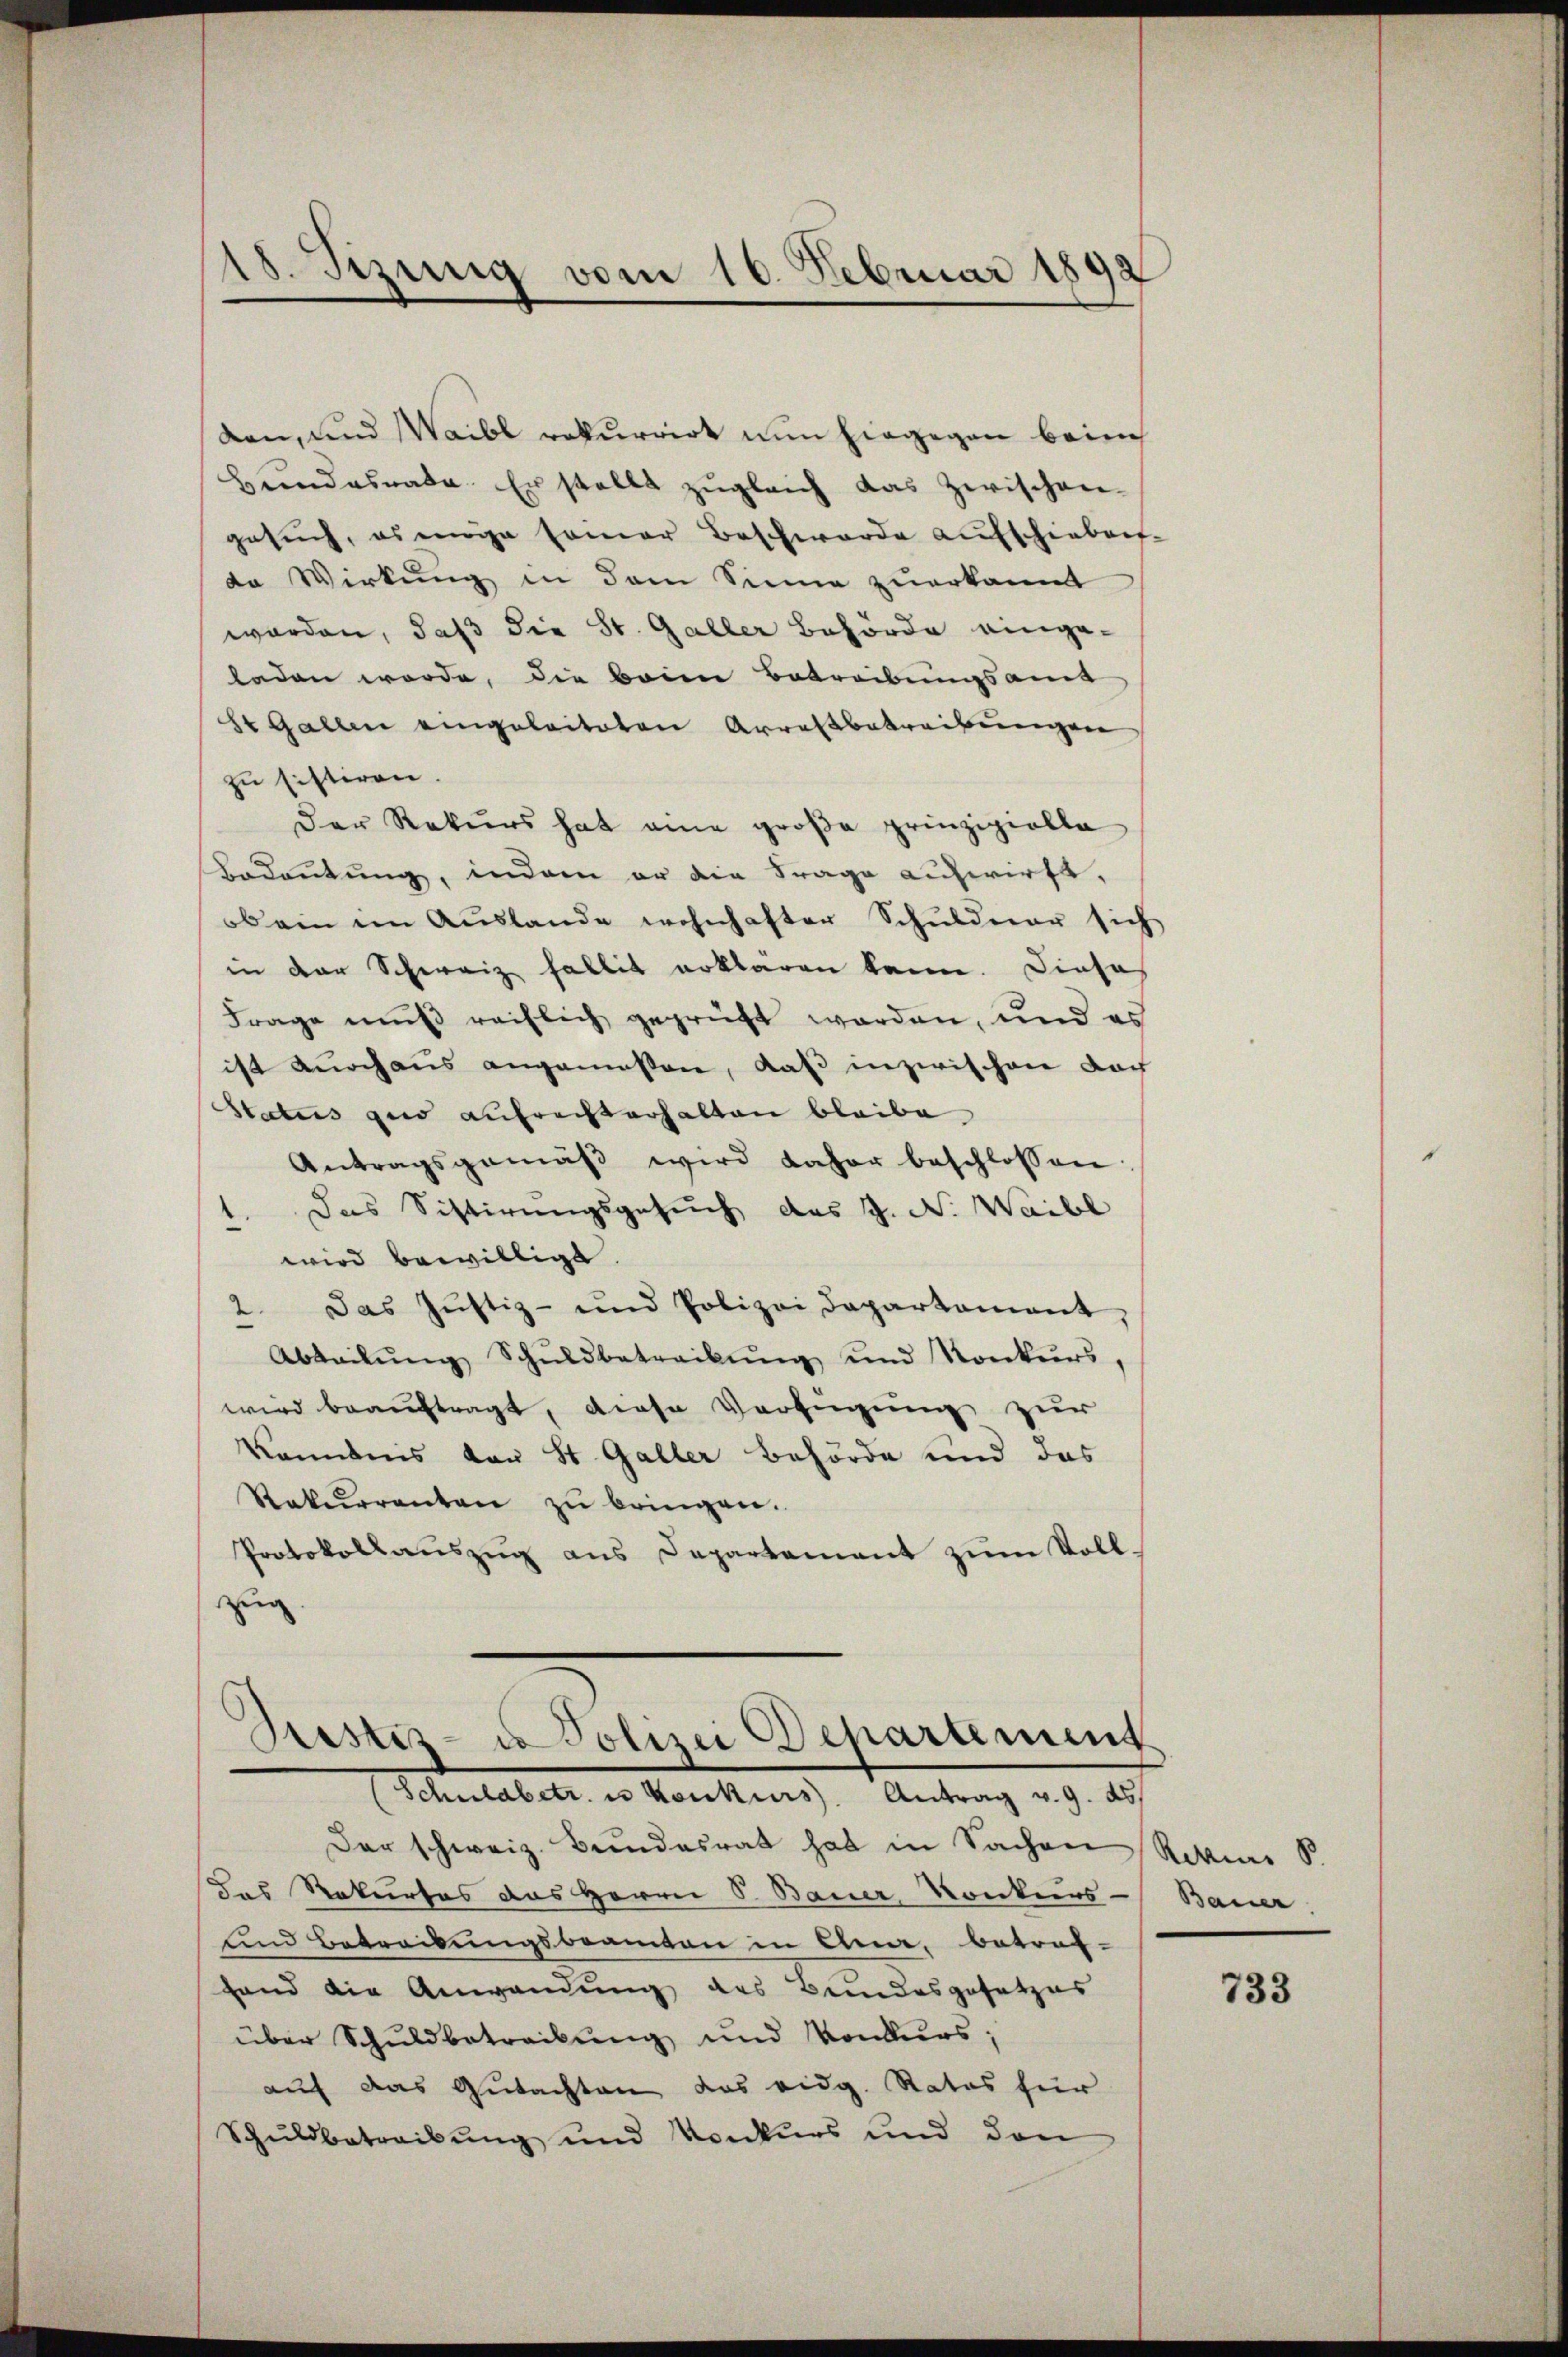
dan, und Waibl rekurrirt nun hingegen beinch
Bundesrate. Er stellt zugleich das Zwischen-
gesuch, es einige samer Beschwerde aufschieben.
da Wirkung in dem Sinne zuerkannt
worden, daß die St. Galler Behörde eingeladen werde, die beim Betreibŭngsamt
S. Gallen eingeleiteten Arrassbetreibungen
zu sistiren.
Der Rekurs hat eine große prinzipielle
Bedeutung, indem er die Frage aufwirft,
ob ein im Auslande wohnhafter Schuldner sich
in der Schweiz fallit erklären kann. Dieses
Frage muß reiflich geprüft worden, und es
ist durchaus angemessen, daß inzwischen doch
Status zur aufrechterhalten bleibe.
Antragsgemäβ wird daher beschlossen:
1. Das Sistirungsgesuch das J. N. Waibl
wird bewilligt.
2. Das Justiz- und Polizei Departement,
Abteilŭng Schŭldbetreibŭng und Konkurs,
wird beauftragt, diese Verfügung zur
Konbnis von St. Galler Behörde und das
Rekurrenten zŭ bringen.
Protokollauszug aus Departement zum Vollzug

18. Sizung vom 16. Februar 1892

Bestiz- & Polizei Departement
(Schuldbetr. es konkurs. Antrag v. 9. ds

Der schweiz. Bundesrat hat in Sachen Rivier S.
Das Rekurses das Herrn S. Bauer Konkurs-Bauer
und Betreibungsbeamten in Anna, betraf-
fand die Anwendung des Bundesgesetzes
über Schuldbetreibung und Konkurs;
auf das Gutachten das eidg. Rates für
Schuldbetreibung und Konkurs und den

733